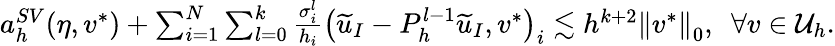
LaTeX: \begin{array}{r}{a_{h}^{SV}(\eta,v^{*})+\sum_{i=1}^{N}\sum_{l=0}^{k}\frac{\sigma_{i}^{l}}{h_{i}}\left(\widetilde{u}_{I}-P_{h}^{l-1}\widetilde{u}_{I},v^{*}\right)_{i}\lesssim h^{k+2}\left\lVert v^{*}\right\rVert_{0},\ \ \forall v\in\mathcal U_{h}.}\end{array}